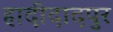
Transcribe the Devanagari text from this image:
हादीदादपुर